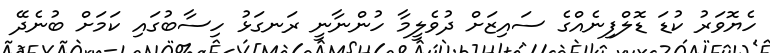
ހެޔޮވަރު ކުޑަ ޑޮލްފިނެއްގެ ސައިޒަށް ދުވެލީމާ ހުންނާނީ ރަނގަޅު ހިސާބުގައި ކަމަށް ބުނެދޭ